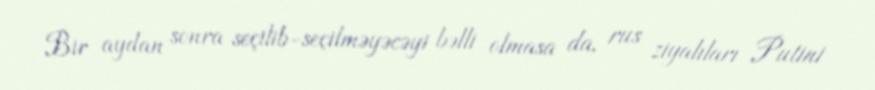
Bir aydan sonra seçilib-seçilməyəcəyi bəlli olmasa da, rus ziyalıları Putini